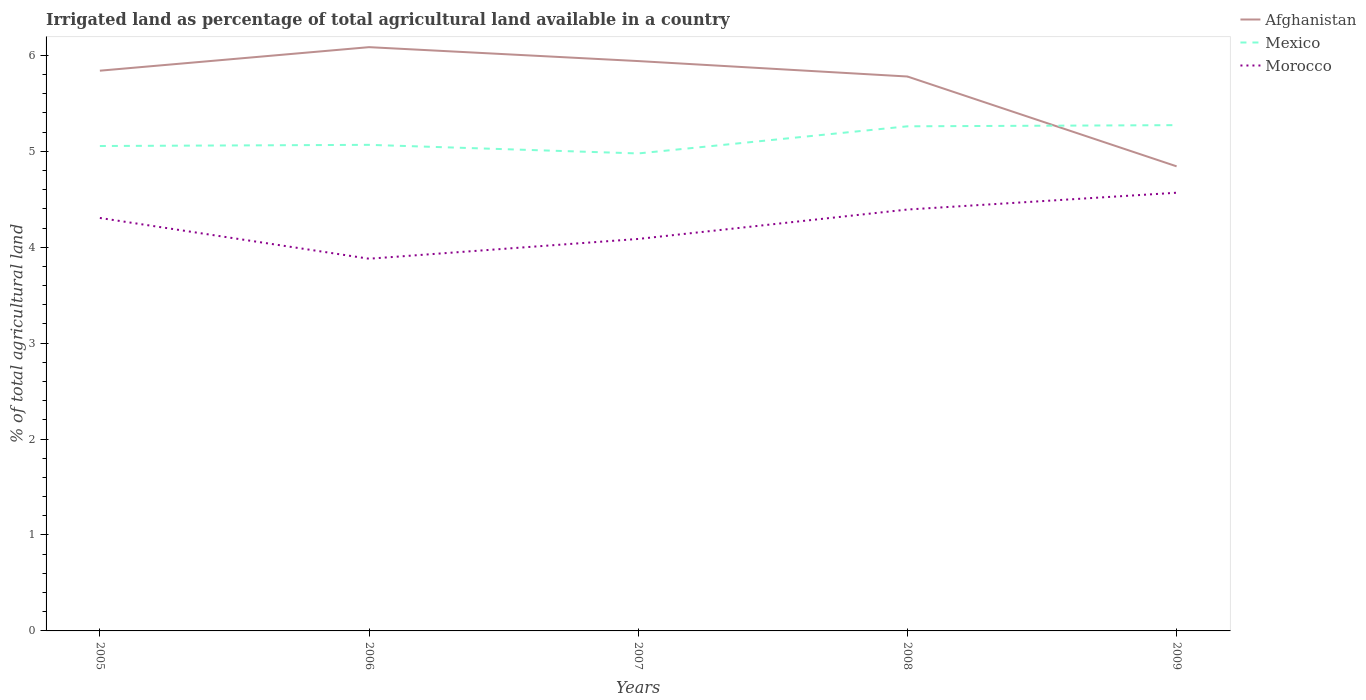
| Years | Afghanistan | Mexico | Morocco |
 | --- | --- | --- | --- |
 | 2005 | 5.84 | 5.05 | 4.3 |
 | 2006 | 6.09 | 5.07 | 3.88 |
 | 2007 | 5.94 | 4.98 | 4.09 |
 | 2008 | 5.78 | 5.26 | 4.39 |
 | 2009 | 4.84 | 5.27 | 4.57 |